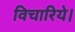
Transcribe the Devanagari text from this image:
विचारिये।